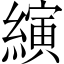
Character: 縯